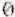
0